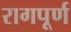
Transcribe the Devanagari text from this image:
रागपूर्ण